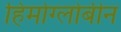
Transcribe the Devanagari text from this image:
हिमोग्लोबीन